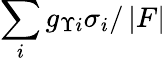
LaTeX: \sum_{i}g_{\Upsilon i}\sigma_{i}/\left|F\right|